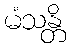
မံသန္တိ